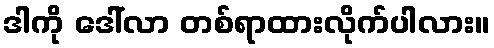
ဒါကို ဒေါ်လာ တစ်ရာထားလိုက်ပါလား။